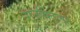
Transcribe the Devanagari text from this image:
राजर्षितुल्य